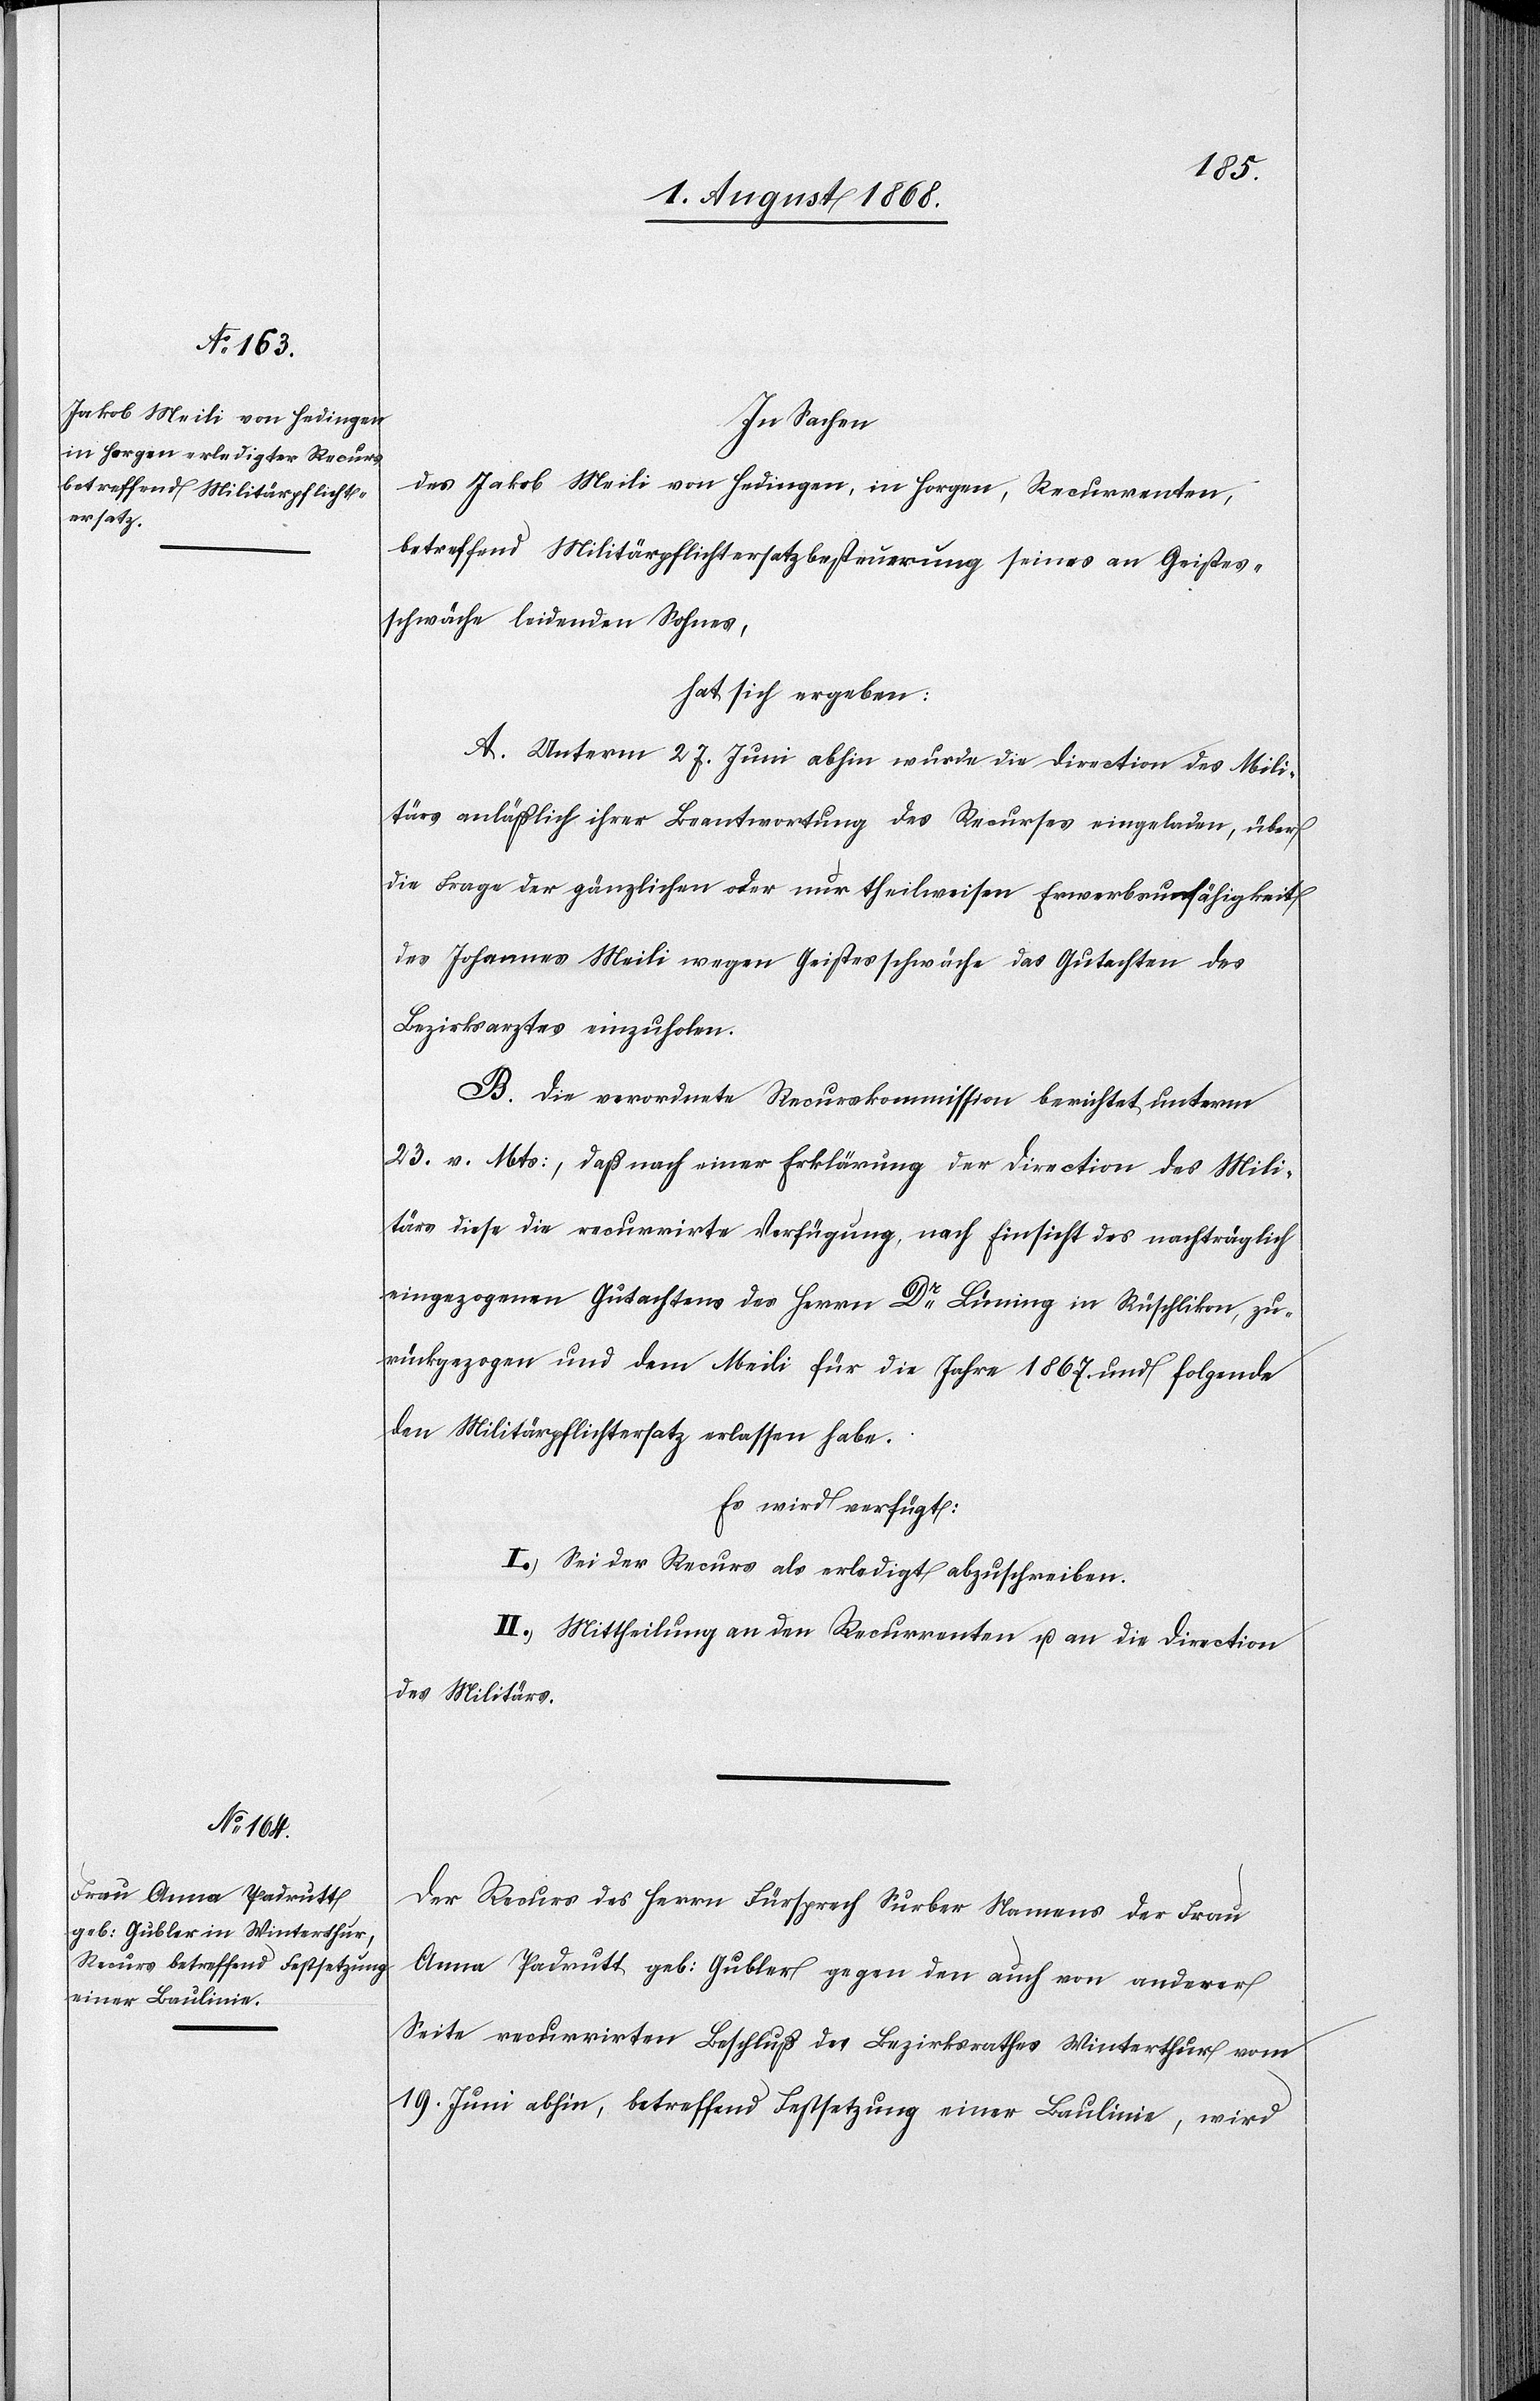
1. August 1868.]
In Sachen
des Jakob Meili von Hedingen, in Horgen, Recurrenten,
betreffend Militärpflichtersatzbesteuerung seines an Geistes¬
schwäche leidenden Sohnes,
hat sich ergeben:
A. Unterm 27. Juni abhin wurde die Direction des Mili¬
tärs anläßlich ihrer Beantwortung des Recurses eingeladen, über
die Frage der gänzlichen oder nur theilweisen Erwerbsunfähigkeit
des Johannes Meili wegen Geistesschwäche das Gutachten des
Bezirksarztes einzuholen.
B. Die verordnete Recurskommission berichtet unterm
23. v. Mts:, daß nach einer Erklärung der Direction des Mili¬
tärs diese die recurrirte Verfügung, nach Einsicht des nachträglich
eingezogenen Gutachtens des Herrn Dr Lüning in Rüschlikon, zu¬
rückgezogen und dem Meili für die Jahre 1867 und folgende
den Militärpflichtersatz erlassen habe.
Es wird verfügt:
I.) Sei der Recurs als erledigt abzuschreiben.
II.) Mittheilung an den Recurrenten u. an die Direction
des Militärs.
Der Recurs des Herrn Fürsprech Surber Namens der Frau
Anna Padrutt geb: Gubler gegen den auch von anderer
Seite recurrirten Beschluß des Bezirksrathes Winterthur vom
19. Juni abhin, betreffend Festsetzung einer Baulinie, wird